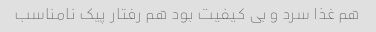
هم غذا سرد و بی کیفیت بود هم رفتار پیک نامناسب